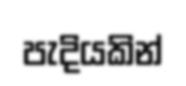
පැදියකින්